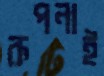
রূপনাই